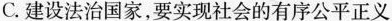
C.建设法治国家，要实现社会的有序公平正义